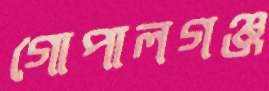
গোপালগঞ্জ